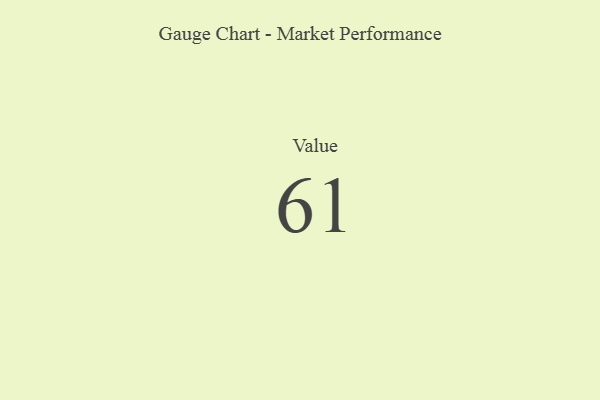
{"axis": {"x": "Metric", "y": "Value"}, "legend": [""], "data": [{"x": "Value", "y": 61, "type": ""}]}